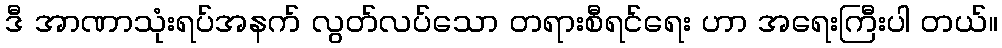
ဒီ အာဏာသုံးရပ်အနက် လွတ်လပ်သော တရားစီရင်ရေး ဟာ အရေးကြီးပါ တယ်။